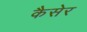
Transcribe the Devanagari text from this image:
कैसेर